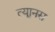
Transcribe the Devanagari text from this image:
त्यूानस